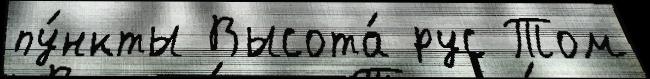
пу́нкты Высота́ рус Том